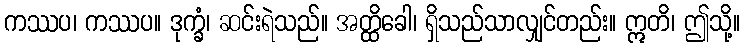
ကဿပ၊ ကဿပ။ ဒုက္ခံ၊ ဆင်းရဲသည်။ အတ္ထိခေါ၊ ရှိသည်သာလျှင်တည်း။ ဣတိ၊ ဤသို့။